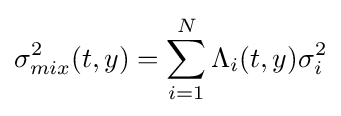
\sigma _{mix}^{2}(t,y)=\sum _{i=1}^{N}\Lambda _{i}(t,y)\sigma _{i}^{2}